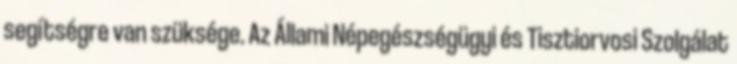
segítségre van szüksége. Az Állami Népegészségügyi és Tisztiorvosi Szolgálat